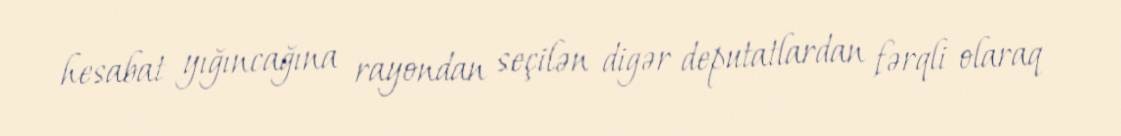
hesabat yığıncağına rayondan seçilən digər deputatlardan fərqli olaraq